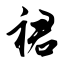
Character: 裙